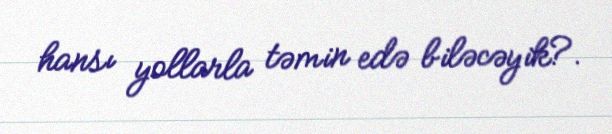
hansı yollarla təmin edə biləcəyik?.